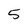
Character: 5